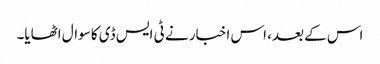
اس کے بعد، اس اخبار نے ٹی ایس ڈی کا سوال اٹھایا۔